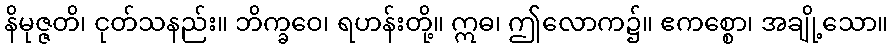
နိမုဇ္ဇတိ၊ ငုတ်သနည်း။ ဘိက္ခဝေ၊ ရဟန်းတို့။ ဣဓ၊ ဤလောက၌။ ဧကစ္စော၊ အချို့သော။